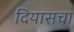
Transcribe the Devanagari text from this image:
दियासचा